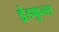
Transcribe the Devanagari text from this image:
ड्रेडफुल्स